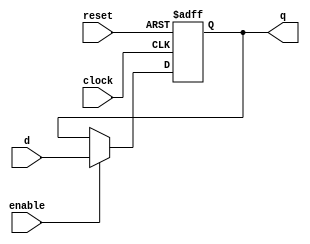
module register_2 #(
    parameter bits = 16
) (
    input clock, reset, enable, 
    input [bits-1:0] d,
    output reg [bits-1:0] q
);
    always @(posedge clock, posedge reset)
        if (reset) 
            q <= 0;
        else if (enable) 
            q <= d;
endmodule